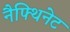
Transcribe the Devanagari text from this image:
नैफ्थिनेट